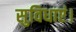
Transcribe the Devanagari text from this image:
सुविधाएं।